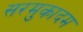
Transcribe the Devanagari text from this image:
सरमुकादम